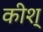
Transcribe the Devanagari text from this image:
कीश्